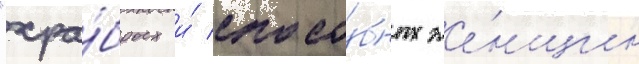
"хра́брых и́ спосо́бных же́нщин